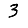
Digit: 3